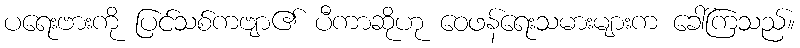
ပရေးဗားကို ပြင်သစ်ကဗျာ၏ ပီကာဆိုဟု ဝေဖန်ရေးသမားများက ခေါ်ကြသည်။